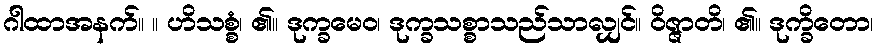
ဂါထာအနက်။ ။ ဟိသစ္စံ၊ ၏။ ဒုက္ခမေဝ၊ ဒုက္ခသစ္စာသည်သာလျှင်။ ဝိဇ္ဇာတိ၊ ၏။ ဒုက္ခိတော၊